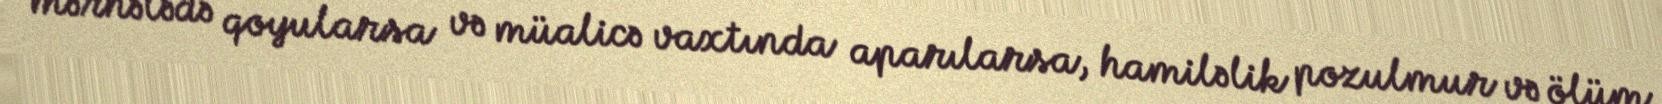
mərhələdə qoyularsa və müalicə vaxtında aparılarsa, hamiləlik pozulmur və ölüm